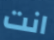
انت